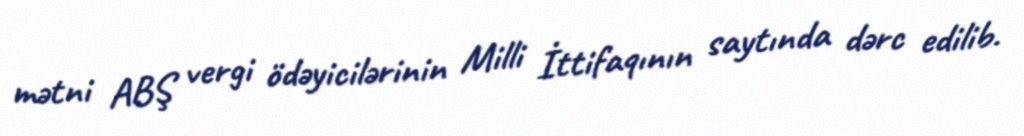
mətni ABŞ vergi ödəyicilərinin Milli İttifaqının saytında dərc edilib.